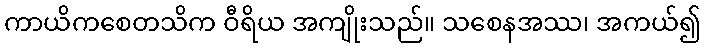
ကာယိကစေတသိက ဝီရိယ အကျိုးသည်။ သစေနအဿ၊ အကယ်၍